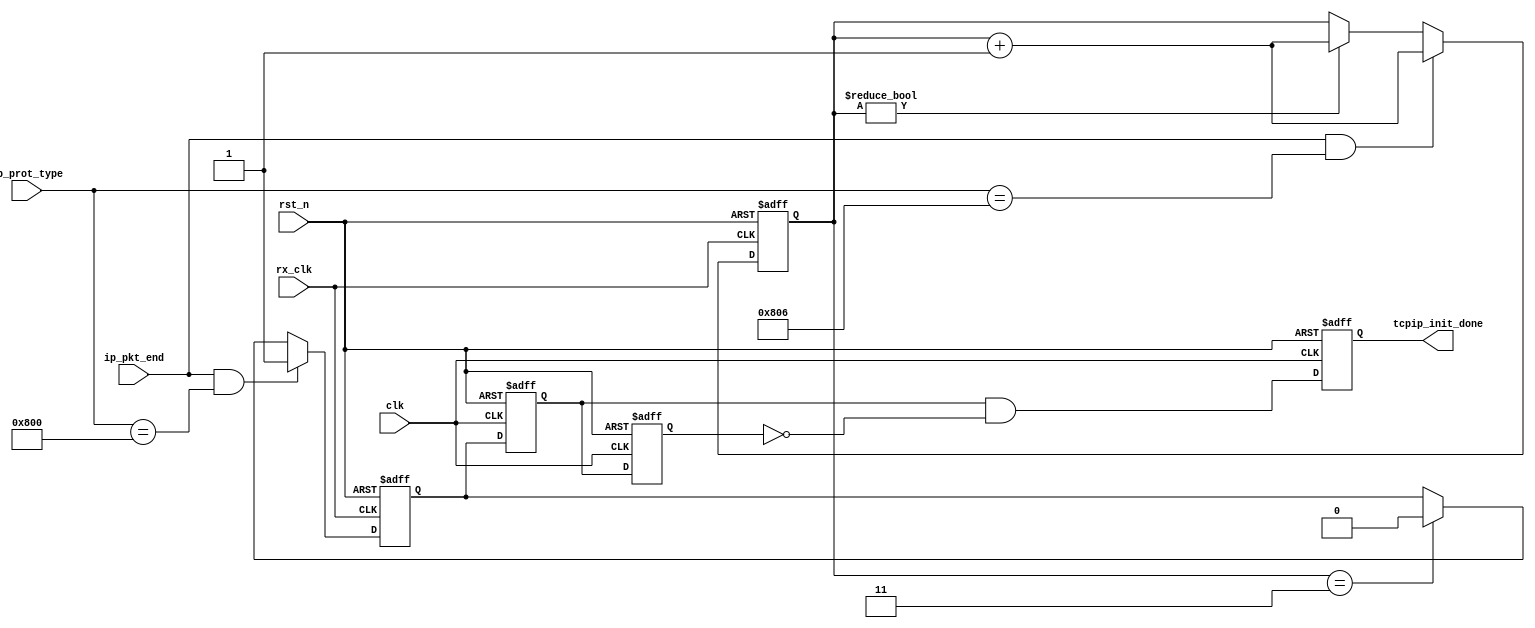
module udp_rx_detect
  (
   input wire 	     rx_clk,
   input wire 	     ip_pkt_end,
   input wire [15:0] ip_prot_type,
   
   input wire 	     clk,
   input wire 	     rst_n,

   output reg 	     tcpip_init_done
   );

  //sync
  reg 		     arp_req_en;
  reg [1:0] 	     expand_cnt;
  always@(posedge rx_clk, negedge rst_n)
    if(!rst_n)
      arp_req_en <= 1'b0;
    else if(ip_pkt_end && ip_prot_type == 16'h0800)
      arp_req_en <= 1'b1;
    else if(expand_cnt == 2'b11)
      arp_req_en <= 1'b0;

  always@(posedge rx_clk, negedge rst_n)
    if(!rst_n)
      expand_cnt <= 2'b0;
    else if(ip_pkt_end && ip_prot_type == 16'h0806)
      expand_cnt <= expand_cnt + 1'b1;
    else if(expand_cnt != 2'b0)
      expand_cnt <= expand_cnt + 1'b1;

  reg 		     arp_req_en_dly1;
  reg 		     arp_req_en_dly2;
  wire 		     arp_req_en_rising;
  always@(posedge clk, negedge rst_n)
    if(!rst_n)
      begin
	arp_req_en_dly1 <= 1'b0;
	arp_req_en_dly2 <= 1'b0;
      end
    else
      begin
	arp_req_en_dly1 <= arp_req_en;
	arp_req_en_dly2 <= arp_req_en_dly1;
      end

  assign arp_req_en_rising = arp_req_en_dly1 & ~arp_req_en_dly2;

  always@(posedge clk, negedge rst_n)
    if(!rst_n)
      tcpip_init_done <= 1'b0;
    else
      tcpip_init_done <= arp_req_en_rising;
  
  
endmodule // udp_rx_detect